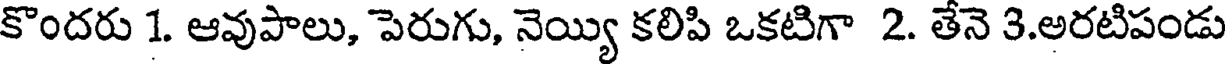
కొందరు 1. ఆవుపాలు, పెరుగు, నెయ్యి కలిపి ఒకటిగా 2. తేనె 3.అరటిపండు